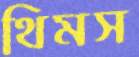
থিমস